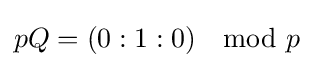
pQ=(0:1:0)\mod p